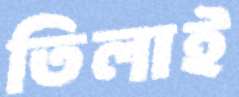
তিলাই